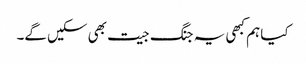
کیا ہم کبھی یہ جنگ جیت بھی سکیں گے۔